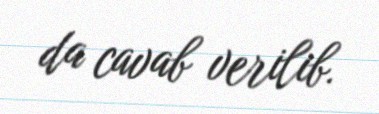
da cavab verilib.